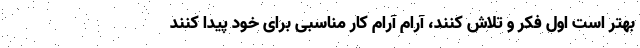
بهتر است اول فکر و تلاش کنند، آرام آرام کار مناسبی برای خود پیدا کنند